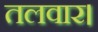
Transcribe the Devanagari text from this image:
तलवार।